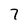
Character: 7